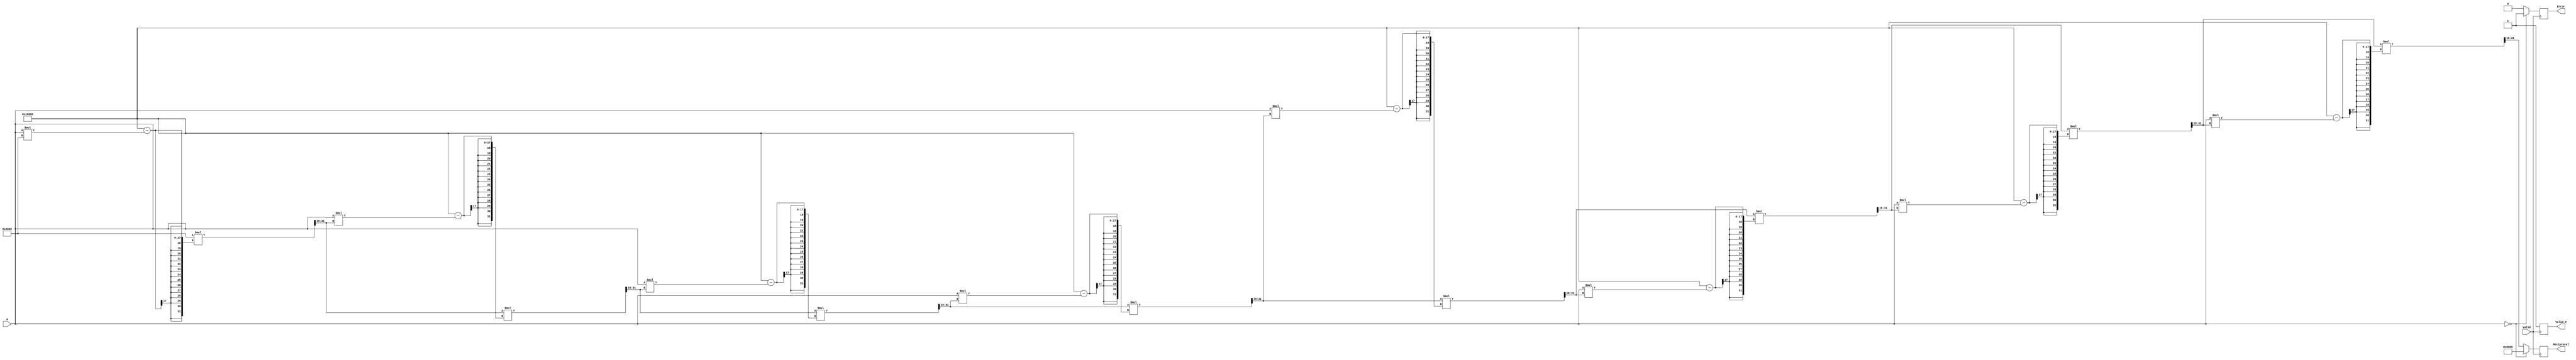
module BitwiseReciprocal #(
    parameter N = 16 // Width of the input and output
)(
    input  wire [N-1:0] A,       // Input number
    input  wire Valid,            // Input valid signal
    output reg  [N-1:0] Reciprocal, // Output reciprocal
    output reg  Valid_O,          // Output valid signal
    output reg  Error             // Error signal
);

    // Internal signals
    reg [N-1:0] guess;            // Current guess for the reciprocal
    reg [N-1:0] temp;             // Temporary variable for calculations
    integer i;                    // Loop counter

    // State machine for processing
    always @(posedge Valid) begin
        // Initialize outputs
        Reciprocal = 0;
        Valid_O = 0;
        Error = 0;

        // Check for zero input
        if (A == 0) begin
            Error = 1;
            Reciprocal = {1'b1, {N-1{1'b0}}}; // Set to maximum representable value
            Valid_O = 1;
        end else begin
            // Initialize guess (using a simple approximation)
            guess = {1'b1, {N-2{1'b0}}}; // Initial guess (1.0 in fixed-point)

            // Iterative refinement (Newton-Raphson method)
            for (i = 0; i < 8; i = i + 1) begin
                temp = A * guess; // Multiply A by current guess
                guess = guess * (2**N - temp) >> N; // Update guess
            end

            // Assign the final guess to Reciprocal
            Reciprocal = guess;
            Valid_O = 1; // Indicate output is valid
        end
    end

endmodule